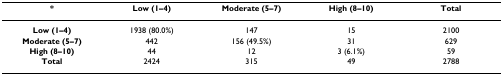
<table><thead><tr><td><b>*</b></td><td><b>Low (1–4)</b></td><td><b>Moderate (5–7)</b></td><td><b>High (8–10)</b></td><td><b>Total</b></td></tr></thead><tbody><tr><td><b>Low (1–4)</b></td><td>1938 (80.0%)</td><td>147</td><td>15</td><td>2100</td></tr><tr><td><b>Moderate (5–7)</b></td><td>442</td><td>156 (49.5%)</td><td>31</td><td>629</td></tr><tr><td><b>High (8–10)</b></td><td>44</td><td>12</td><td>3 (6.1%)</td><td>59</td></tr><tr><td><b>Total</b></td><td>2424</td><td>315</td><td>49</td><td>2788</td></tr></tbody></table>